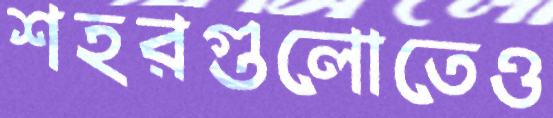
শহরগুলোতেও